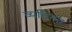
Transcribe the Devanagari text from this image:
व्यत्तिगत